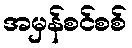
အမှန်စင်စစ်